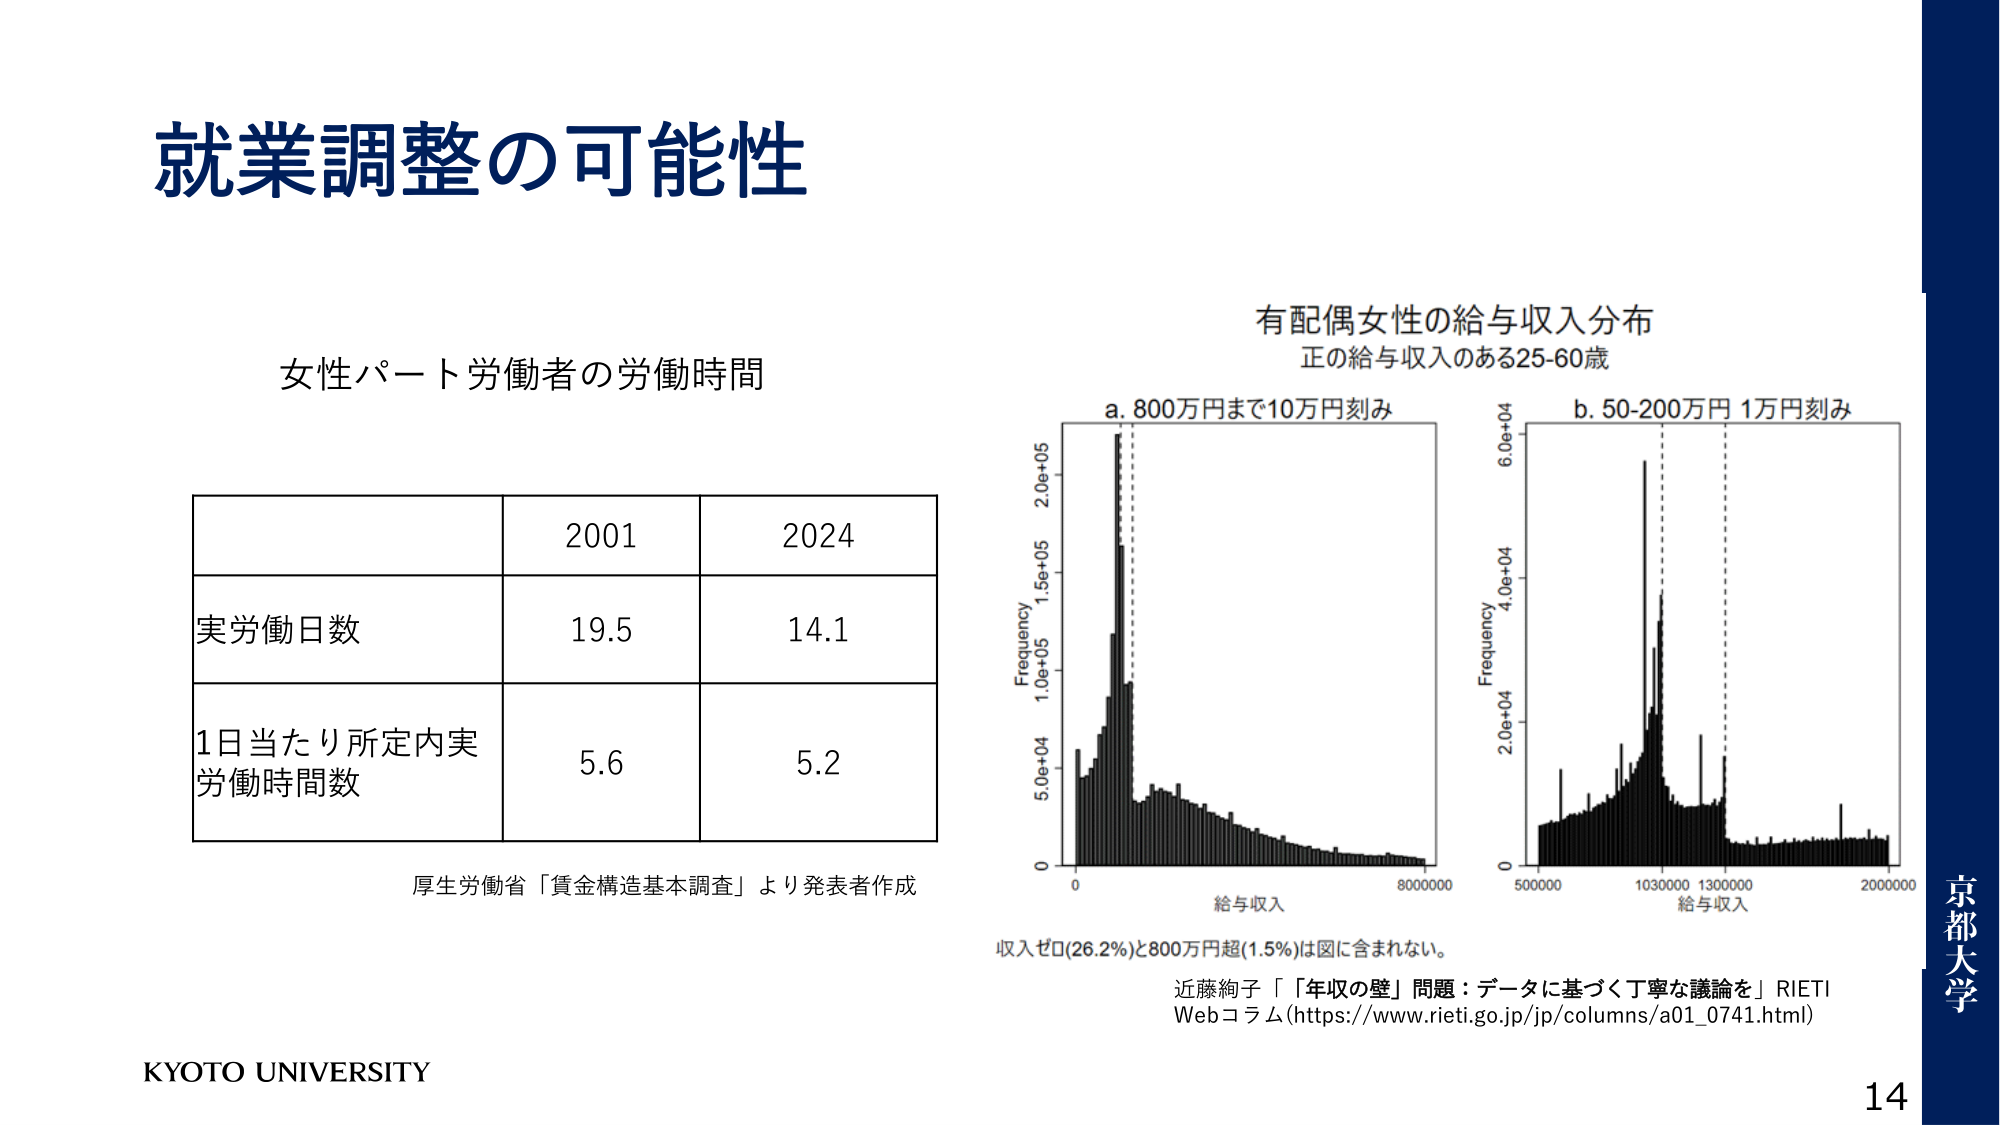
就業調整の可能性

女性パート労働者の労働時間

2001 2024
実労働日数 19.5 14.1
1日当たり所定内実労働時間数 5.6 5.2

厚生労働省「賃金構造基本調査」より発表者作成

有配偶女性の給与収入分布
正の給与収入のある25-60歳

a. 800万円まで10万円刻み
Frequency
2.0e+05
1.5e+05
1.0e+05
5.0e+04
0
給与収入
8000000

b. 50-200万円 1万円刻み
Frequency
6.0e+04
4.0e+04
2.0e+04
0
500000 1030000 1300000 2000000
給与収入

収入ゼロ(26.2%)と800万円超(1.5%)は図に含まれない。

近藤絢子「『年収の壁』問題：データに基づく丁寧な議論を」RIETI
Webコラム(https://www.rieti.go.jp/jp/columns/a01_0741.html)

KYOTO UNIVERSITY

京都大学
14